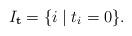
LaTeX: \begin{align*}I_{\mathbf t} = \{i\; |\; t_i = 0\}.\end{align*}